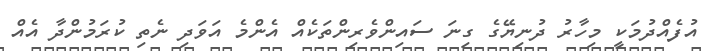
އުފެއްދުމަކީ މިހާރު ދުނިޔޭގެ ގިނަ ސައިންވެރިންތަކެއް އެންމެ އަވަދި ނެތި ކުރަމުންދާ އެއް